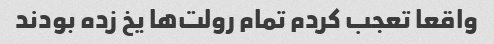
واقعا تعجب کردم تمام رولت‌ها یخ زده بودند